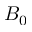
B _ { 0 }